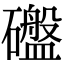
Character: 䃲